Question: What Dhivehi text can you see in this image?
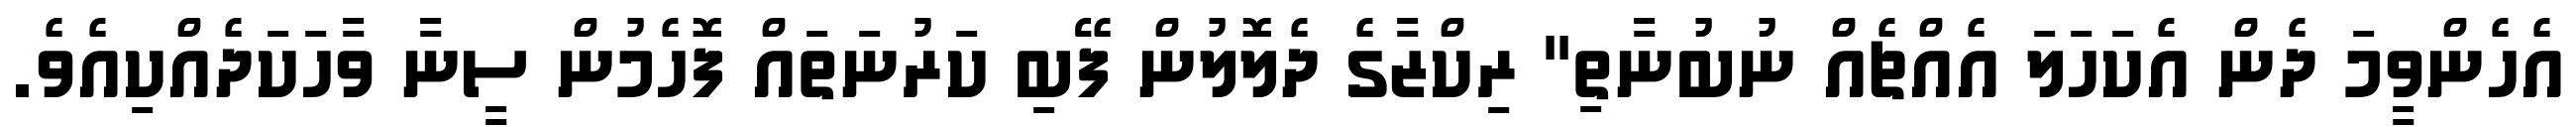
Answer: އެހެންވީމަ ދެން އެކަހަލަ އެއްޗެއް ނުބުނާތި" ރިކްޒާގެ ދެލޮލުން ފޭބި ކަރުނަތައް ފޮހެމުން ސީނާ ވާހަކަދެއްކިއެވެ.